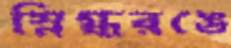
স্নিগ্ধরঙে